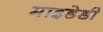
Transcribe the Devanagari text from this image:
माइडेडी